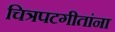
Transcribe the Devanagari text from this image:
चित्रपटगीतांना